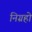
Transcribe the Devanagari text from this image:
निग्रहो